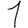
Digit: 1